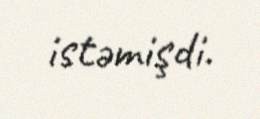
istəmişdi.